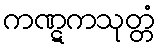
ကဏ္ဋကသုတ္တံ